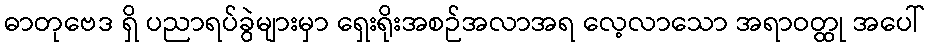
ဓာတုဗေဒ ရှိ ပညာရပ်ခွဲများမှာ ရှေးရိုးအစဉ်အလာအရ လေ့လာသော အရာဝတ္ထု အပေါ်